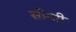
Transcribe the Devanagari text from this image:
सीन्धी